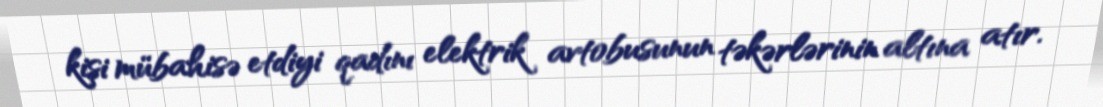
kişi mübahisə etdiyi qadını elektrik avtobusunun təkərlərinin altına atır.